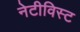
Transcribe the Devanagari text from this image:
नेटीविस्ट